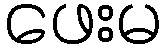
ဖေးမ